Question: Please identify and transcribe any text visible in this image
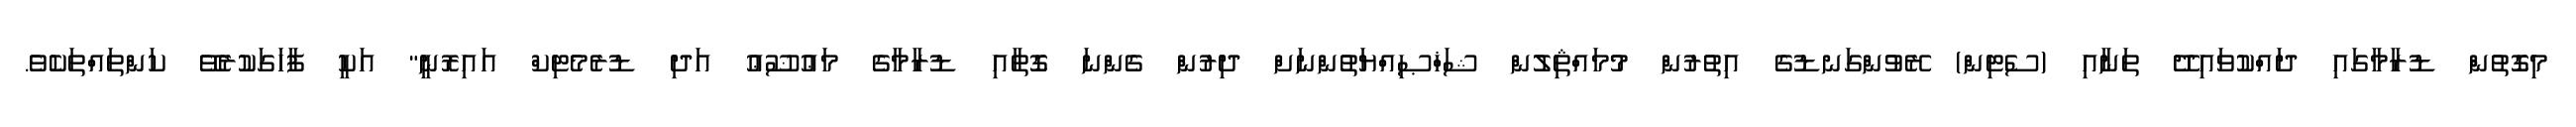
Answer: މިގޮތުންް ޑުރާމާގައި ދައްކުވައިދޭ ތަނާއި (ސެޓިން) ރޭވުންގަނޑުގެ އިތުރުން މުމައްޘިލުން ޝަޚްޞިއްޔަތުންނަށް ދިރުން ގެންނަ ގޮތާއި ޑުރާމާގެ މަޢުޟޫޢު އަދި ޑުރެމެޓިކް އައިރޮނީ" އަކީ ފާހަގަކުރެވޭ ކަންތައްތަކެވެ.